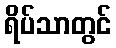
ရိပ်သာတွင်